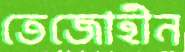
তেজোহীন